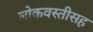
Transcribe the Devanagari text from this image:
लोकवस्तीसह